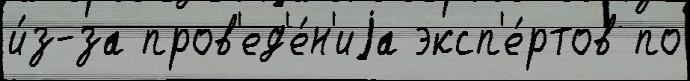
и́з-за пров'ед'е́н'иjа эксп'е́ртов по